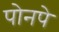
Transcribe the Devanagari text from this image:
पोनपे